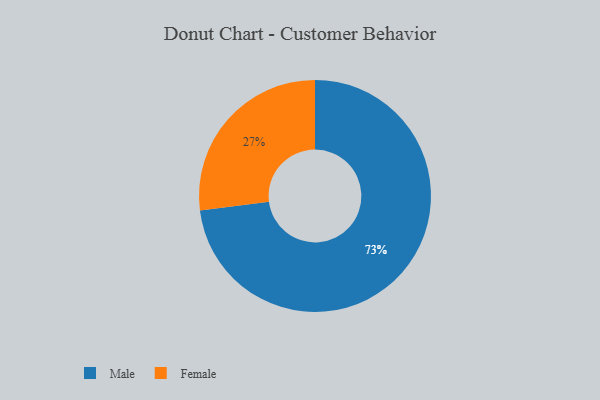
{"axis": {"x": "Category", "y": "Percentage"}, "legend": ["Female", "Male"], "data": [{"x": "Female", "y": 27, "type": "Female"}, {"x": "Male", "y": 73, "type": "Male"}]}